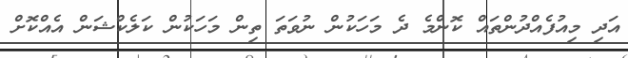
އަދި މިއުފެއްދުންތައް ކޮންމެ ދެ މަހަކުން ނުވަތަ ތިން މަހަކުން ކަލެކްޝަން އެއްކޮށް